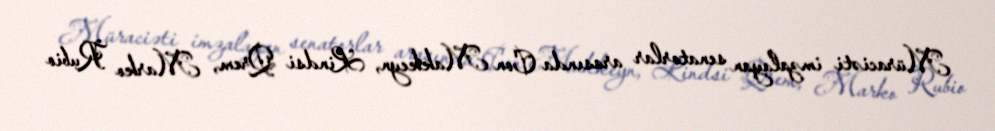
Müraciəti imzalayan senatorlar arasında Con Makkeyn, Lindsi Qrem, Marko Rubio